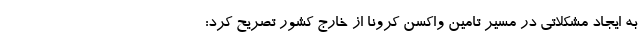
به ایجاد مشکلاتی در مسیر تامین واکسن کرونا از خارج کشور تصریح کرد: